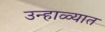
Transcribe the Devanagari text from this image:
उन्‍हाळ्यात